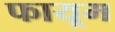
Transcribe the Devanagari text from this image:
फायूम